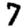
Digit: 7